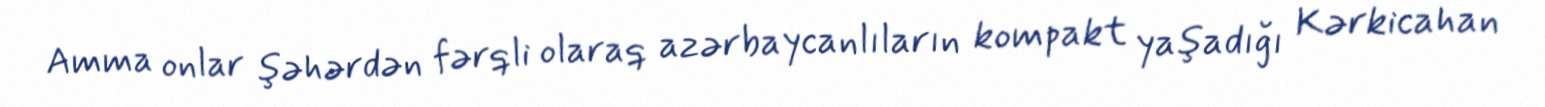
Amma onlar şəhərdən fərqli olaraq azərbaycanlıların kompakt yaşadığı Kərkicahan